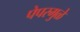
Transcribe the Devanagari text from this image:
पेपरमुळे